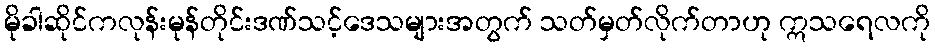
မိုခါဆိုင်ကလုန်းမုန်တိုင်းဒဏ်သင့်ဒေသများအတွက် သတ်မှတ်လိုက်တာဟု ဣသရေလကို